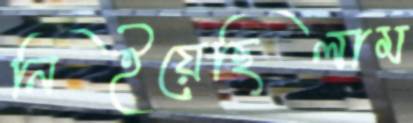
নিইয়েছিলাম